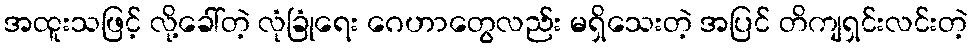
အထူးသဖြင့် လို့ခေါ်တဲ့ လုံခြုံရေး ဂေဟာတွေလည်း မရှိသေးတဲ့ အပြင် တိကျရှင်းလင်းတဲ့